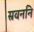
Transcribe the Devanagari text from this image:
स्रवननि